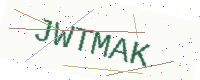
Text: JWTMAK